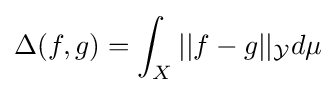
\Delta (f,g)=\int _{X}||f-g||_{\mathcal {Y}}d\mu